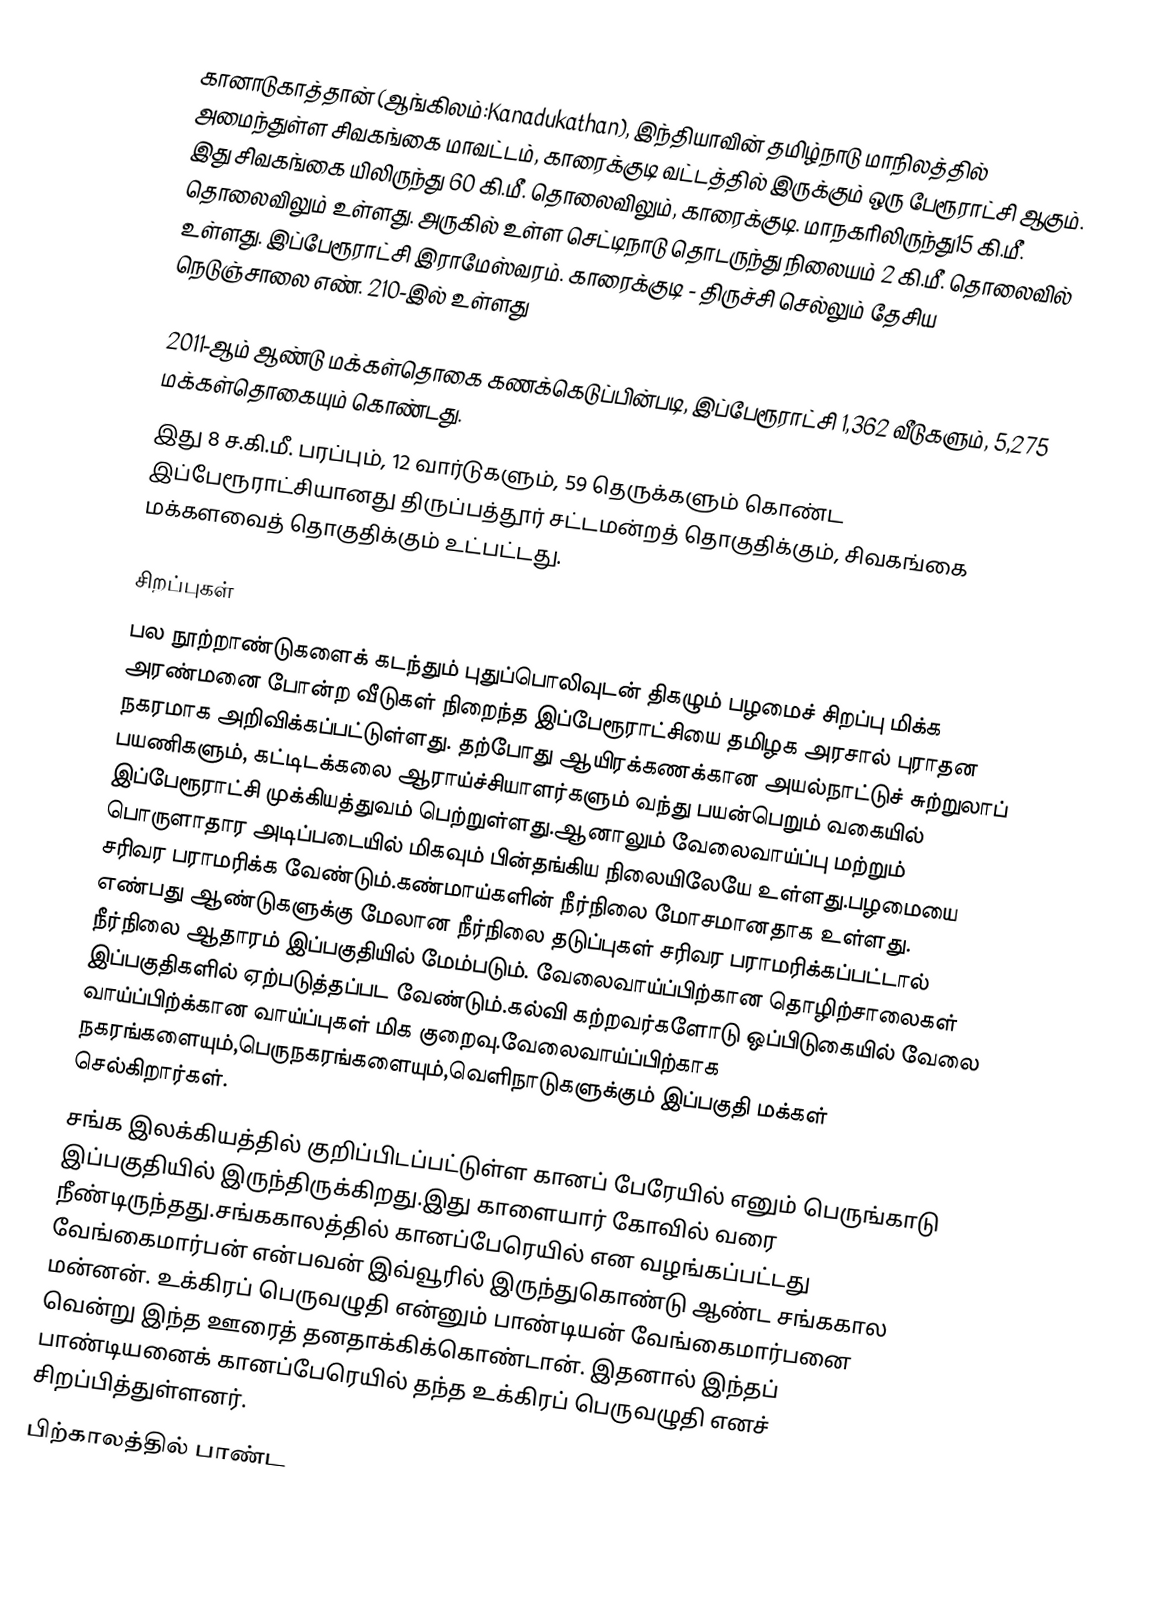
கானாடுகாத்தான் (ஆங்கிலம்:Kanadukathan), இந்தியாவின் தமிழ்நாடு மாநிலத்தில் அமைந்துள்ள சிவகங்கை மாவட்டம், காரைக்குடி வட்டத்தில் இருக்கும் ஒரு பேரூராட்சி ஆகும். இது சிவகங்கை யிலிருந்து 60 கி.மீ. தொலைவிலும், காரைக்குடி. மாநகரிலிருந்து15 கி.மீ. தொலைவிலும் உள்ளது. அருகில் உள்ள செட்டிநாடு தொடருந்து நிலையம் 2 கி.மீ. தொலைவில் உள்ளது. இப்பேரூராட்சி இராமேஸ்வரம். காரைக்குடி  - திருச்சி செல்லும்  தேசிய நெடுஞ்சாலை எண். 210-இல் உள்ளது

2011-ஆம் ஆண்டு மக்கள்தொகை கணக்கெடுப்பின்படி,   இப்பேரூராட்சி 1,362 வீடுகளும், 5,275 மக்கள்தொகையும் கொண்டது.
இது 8 ச.கி.மீ. பரப்பும், 12 வார்டுகளும், 59 தெருக்களும் கொண்ட இப்பேரூராட்சியானது  திருப்பத்தூர்  சட்டமன்றத் தொகுதிக்கும், சிவகங்கை மக்களவைத் தொகுதிக்கும் உட்பட்டது.

சிறப்புகள்
பல நூற்றாண்டுகளைக் கடந்தும் புதுப்பொலிவுடன் திகழும் பழமைச் சிறப்பு மிக்க அரண்மனை போன்ற வீடுகள் நிறைந்த இப்பேரூராட்சியை தமிழக அரசால் புராதன நகரமாக அறிவிக்கப்பட்டுள்ளது.  தற்போது ஆயிரக்கணக்கான அயல்நாட்டுச் சுற்றுலாப் பயணிகளும், கட்டிடக்கலை ஆராய்ச்சியாளர்களும் வந்து பயன்பெறும் வகையில் இப்பேரூராட்சி முக்கியத்துவம் பெற்றுள்ளது.ஆனாலும் வேலைவாய்ப்பு மற்றும் பொருளாதார அடிப்படையில் மிகவும் பின்தங்கிய நிலையிலேயே உள்ளது.பழமையை சரிவர பராமரிக்க வேண்டும்.கண்மாய்களின் நீர்நிலை மோசமானதாக உள்ளது. எண்பது ஆண்டுகளுக்கு மேலான நீர்நிலை தடுப்புகள் சரிவர பராமரிக்கப்பட்டால் நீர்நிலை ஆதாரம் இப்பகுதியில் மேம்படும். வேலைவாய்ப்பிற்கான தொழிற்சாலைகள் இப்பகுதிகளில் ஏற்படுத்தப்பட வேண்டும்.கல்வி கற்றவர்களோடு ஒப்பிடுகையில் வேலை வாய்ப்பிற்க்கான வாய்ப்புகள் மிக குறைவு.வேலைவாய்ப்பிற்காக நகரங்களையும்,பெருநகரங்களையும்,வெளிநாடுகளுக்கும் இப்பகுதி மக்கள் செல்கிறார்கள்.
சங்க இலக்கியத்தில் குறிப்பிடப்பட்டுள்ள கானப் பேரேயில் எனும் பெருங்காடு இப்பகுதியில் இருந்திருக்கிறது.இது காளையார் கோவில் வரை நீண்டிருந்தது.சங்ககாலத்தில் கானப்பேரெயில் என வழங்கப்பட்டது  வேங்கைமார்பன் என்பவன் இவ்வூரில் இருந்துகொண்டு ஆண்ட சங்ககால மன்னன். உக்கிரப் பெருவழுதி என்னும் பாண்டியன் வேங்கைமார்பனை வென்று இந்த ஊரைத் தனதாக்கிக்கொண்டான்.  இதனால் இந்தப் பாண்டியனைக் கானப்பேரெயில் தந்த உக்கிரப் பெருவழுதி எனச் சிறப்பித்துள்ளனர்.
பிற்காலத்தில் பாண்ட